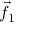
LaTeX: { \vec { f } } _ { 1 }